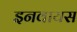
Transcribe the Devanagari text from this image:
इनवायस